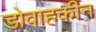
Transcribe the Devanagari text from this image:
डोवाहकीन